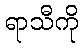
ရာသီကို